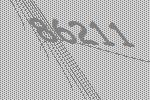
86211